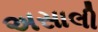
અસાલી